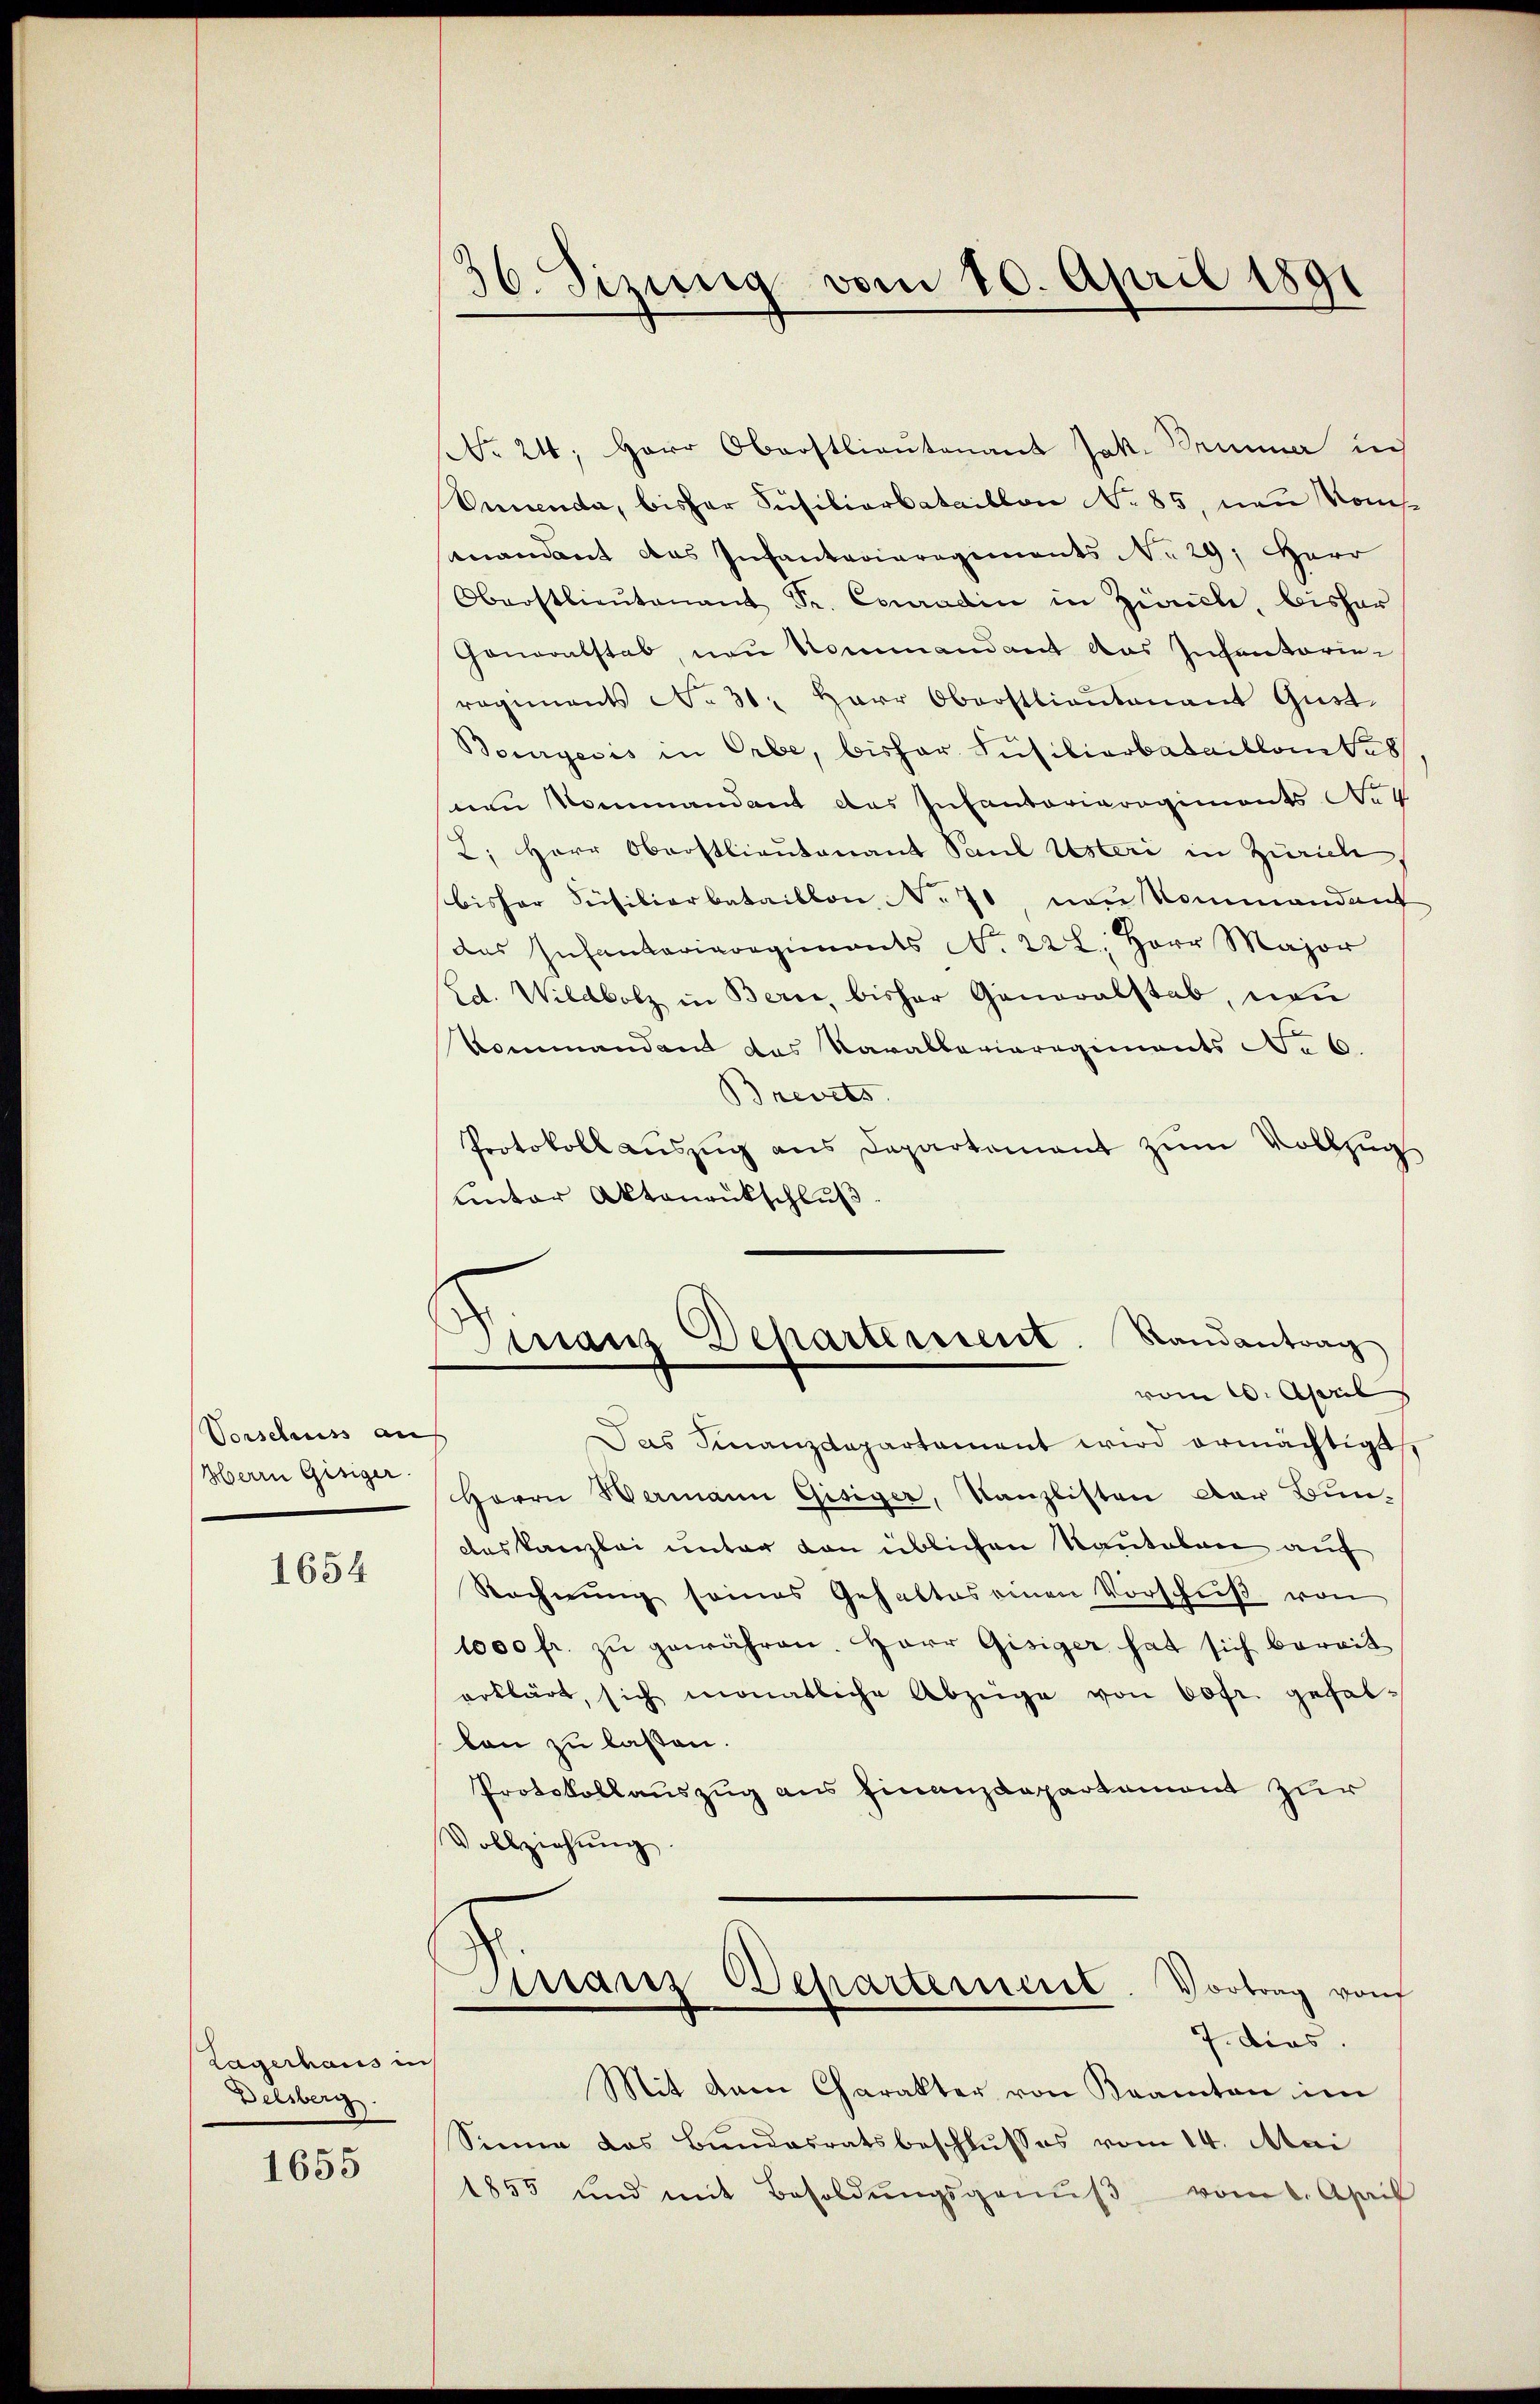
Vorschauss auf
Herrn Gisiger.

1654

Lagerhaus in
Delsberg.

1655

36. Sizung vom 20. April 1891

No 24. Herr Oberstlieutenant Jak. Brunner in
Vnnenda, bisher Füsiliarbataillon No 85, neu kom
mandant das Infantariaregiments No 29; Herr
Oberstlieŭtenant Fr. Conradin in Zivile, bisher
Gonoralstab, neu kommandant das Infanterie-
regiments No. 31. Herr Oberstlieutenant Gŭst.
Bourgeris in Erbe, bisher Füsiliarbataillamtes
nen Kommandant das Infantorieregiments No II
2. Herr Oberstlieutenant Paul Usteri in Zürich
bisher Seisibierbataillon No 71, von Nommandant
das Infantarieregiments No. 222. Herr Major
Ed. Wildbolz in Bern, bisher Generalstab, von
Kommandant das Parallerieregiments No 6.
Brevets
Protokoll auszug aus Departement zum Vollzug
unter Aktenantschluß
E
Finanz Dehartement. Randantrag
vom 16. April
Das Finanzdepartament wird ermächtigt,
Herrn Wermann Gisiger, Kanzlisten der Bun-
deskanzlei unter von üblichen Kautelen auf
Rechnung seines Gehaltes einen Vorschŭβ von
1000 fr. zŭ gewähren. Herr Gisiger hat sich bereit
erklärt, sich monatliche Abzüge von 60fr. gefallan zu lassen.
Protokollauszug aus Finanzdepartement zur
Vollziehŭng.
Franz Departement. Vortrag von
7. dies
Mit dem Charakter von Kramten im
Sinne das Bundesratsbeschlusses vom 14. Mai
1855 und mit Besoldŭngsganŭβ vom 6. April